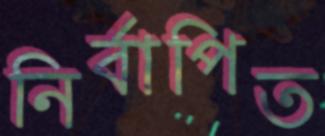
নির্বাপিত